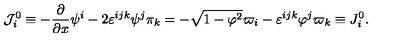
{ \cal J } _ { i } ^ { 0 } \equiv - \frac \partial { \partial x } \psi ^ { i } - 2 \varepsilon ^ { i j k } \psi ^ { j } \pi _ { k } = - \sqrt { 1 - { \bf \varphi } ^ { 2 } } \varpi _ { i } - \varepsilon ^ { i j k } \varphi ^ { j } \varpi _ { k } \equiv J _ { i } ^ { 0 } .